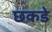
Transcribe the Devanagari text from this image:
छकडे